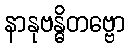
နာနုဗန္ဓိတဗ္ဗော